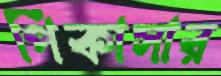
পিকাসার